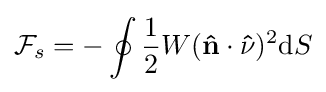
{\mathcal {F}}_{s}=-\oint {\frac {1}{2}}W(\mathbf {\hat {n}} \cdot \mathbf {\hat {\nu }} )^{2}\mathrm {d} S